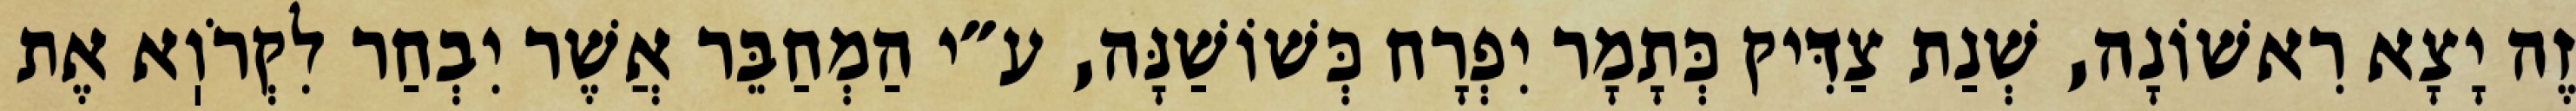
זֶה יָצָא רִאשׁוֹנָה, שְׁנַת צַדִּיק כְּתָמָר יִפְרָח כְּשׁוֹשַׁנָּה, ע״י הַמְחַבֵּר אֲשֶׁר יִבְחַר לִקְרֹוֽא אֶת